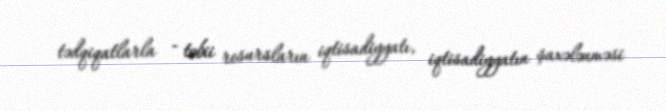
tədqiqatlarla - təbii resursların iqtisadiyyatı, iqtisadiyyatın şaxələnməsi